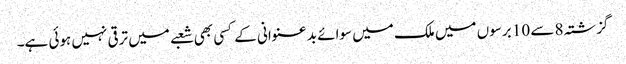
گزشتہ 8 سے 10 برسوں میں ملک میں سوائے بد عنوانی کے کسی بھی شعبے میں ترقی نہیں ہوئی ہے۔